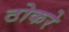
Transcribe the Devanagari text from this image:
ठोकरे